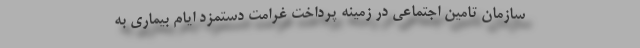
سازمان تامین اجتماعی در زمینه پرداخت غرامت دستمزد ایام بیماری به